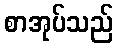
စာအုပ်သည်